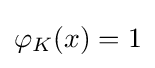
{\textstyle \varphi _{K}(x)=1}